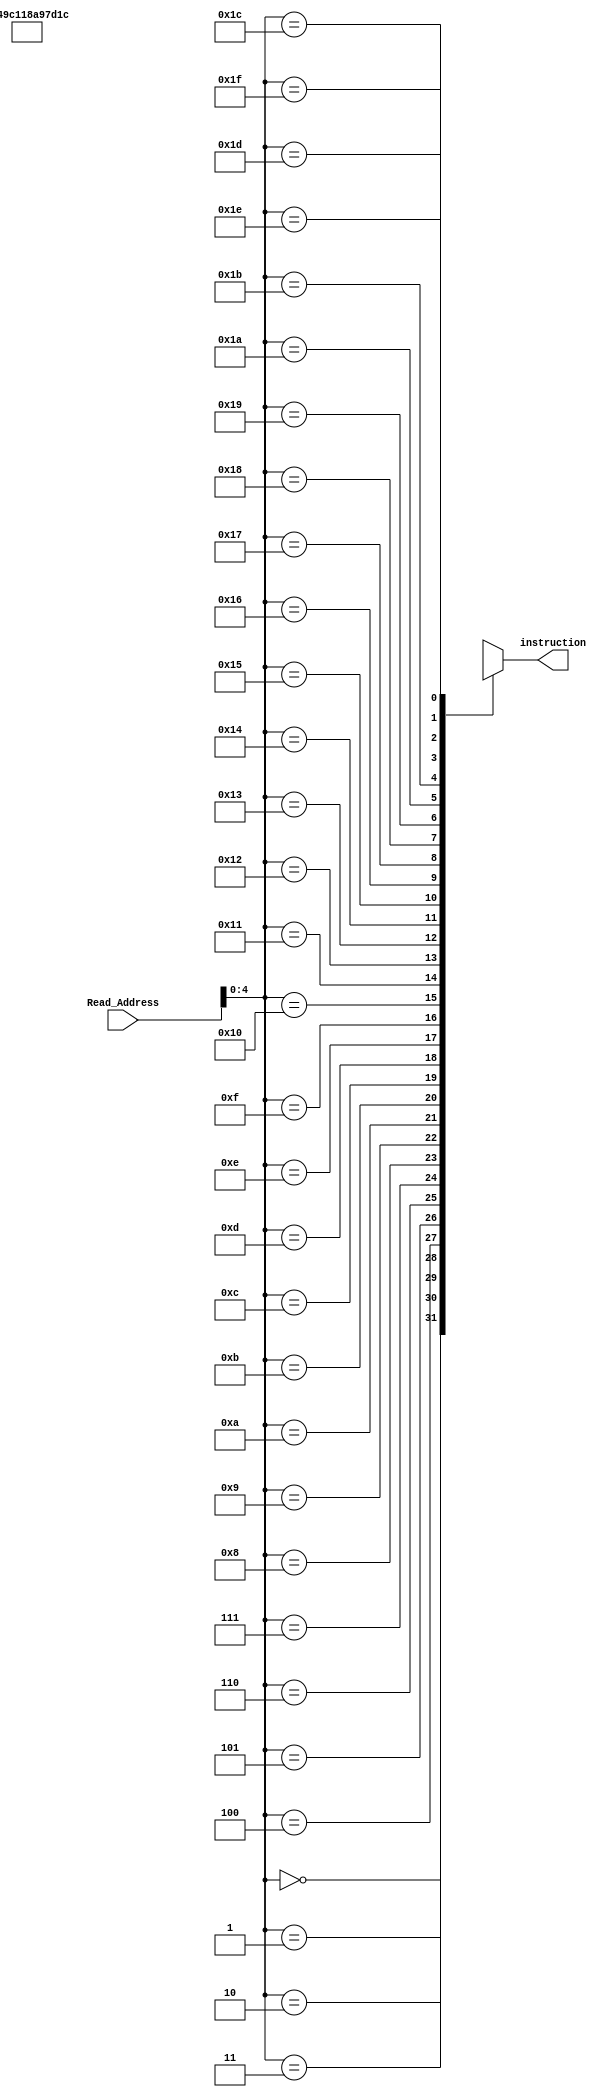
`timescale 1ns / 1ps
//////////////////////////////////////////////////////////////////////////////////
// Company: 
// Engineer: 
// 
// Design Name: 
// Module Name:    IMEM 
// Project Name: 
// Target Devices: 
// Tool versions: 
// Description: 
//
// Dependencies: 
//
// Revision: 
// Revision 0.01 - File Created
// Additional Comments: 
//
//////////////////////////////////////////////////////////////////////////////////
module IMEM(
    output [7:0] instruction,
    input [7:0] Read_Address
    );
	 
	 wire [7:0] MemByte[31:0];
	 
	 //lw $s2, 1($s0)
	 assign MemByte[0] = {2'b01, 2'b00, 2'b10, 2'b01};
	 
	 // j+1
	 assign MemByte[1] = {2'b11, 2'b00, 2'b00, 2'b01};
	 
	 // add $s0, $s1 $s2
	 assign MemByte[2] = {2'b00, 2'b01, 2'b10, 2'b00};
	 
	 // sw $s2, 1($s2)
	 assign MemByte[3] = {2'b10, 2'b10, 2'b10, 2'b01};
	 
	 // lw $s3, 1($s0)
	 assign MemByte[4] = {2'b01, 2'b11, 2'b11, 2'b01};
	 //assign MemByte[4] = {2'b01, 2'b00, 2'b11, 2'b01};
	 
	 assign MemByte[5] = {2'b00, 2'b01, 2'b11, 2'b00};
	 
	 assign instruction = MemByte[Read_Address];

endmodule